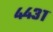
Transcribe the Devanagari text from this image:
४४३१